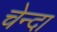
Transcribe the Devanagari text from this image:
चेन्दा